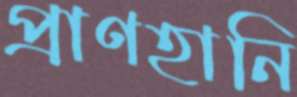
প্রাণহানি